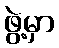
ဖွဲ့မှာ